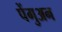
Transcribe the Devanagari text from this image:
पेंगुअन